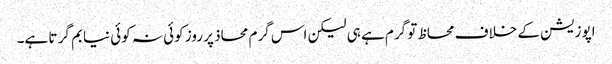
اپوزیشن کے خلاف محاظ تو گرم ہے ہی لیکن اس گرم محاذ پر روز کوئی نہ کوئی نیا بم گر تا ہے۔